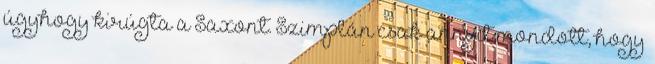
úgyhogy kirúgta a Saxont. Szimplán csak annyit mondott, hogy